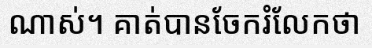
ណាស់។ គាត់បានចែករំលែកថា